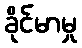
ခိုင်မာမှု